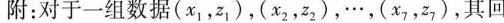
附：对于一组数据(x_{1}，z_{1})，(x_{2}，z_{2})，…，(xz，z，)，其回